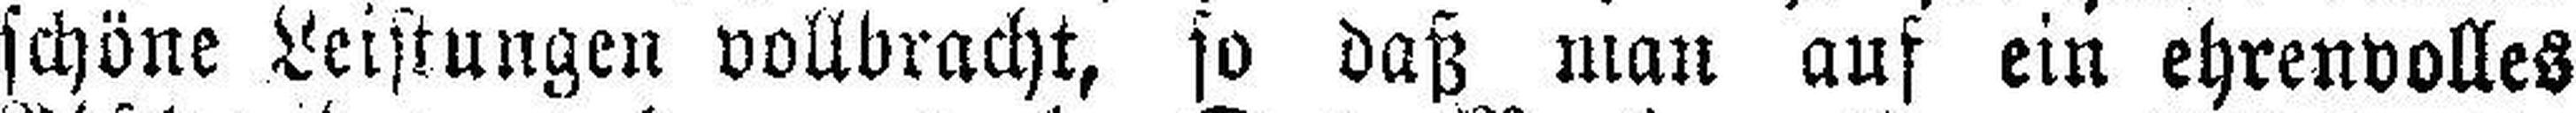
schöne Leistungen vollbracht, so daß man auf ein ehrenvolles